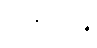
အန္ဓကဝိန္ဒံ